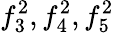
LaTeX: f_{3}^{2},f_{4}^{2},f_{5}^{2}